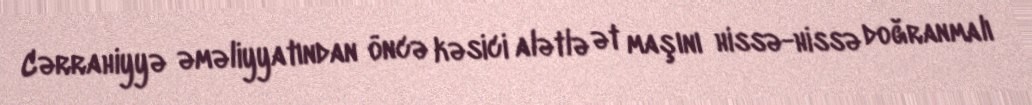
Cərrahiyyə əməliyyatından öncə kəsici alətlə ət maşını hissə-hissə doğranmalı